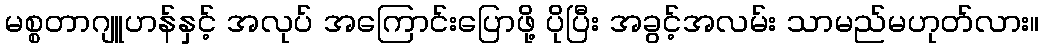
မစ္စတာဂျူဟန်နှင့် အလုပ် အကြောင်းပြောဖို့ ပိုပြီး အခွင့်အလမ်း သာမည်မဟုတ်လား။